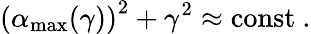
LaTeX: \left(\alpha_{\mathrm{max}}(\gamma)\right)^{2}+\gamma^{2}\approx\mathrm{const\ .}